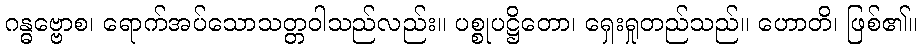
ဂန္ဓဗ္ဗောစ၊ ရောက်အပ်သောသတ္တဝါသည်လည်း။ ပစ္စုပဋ္ဌိတော၊ ရှေးရှုတည်သည်။ ဟောတိ၊ ဖြစ်၏။